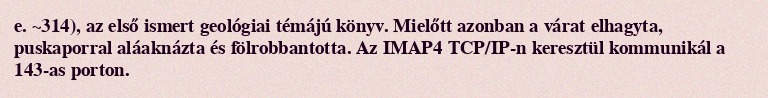
e. ~314), az első ismert geológiai témájú könyv. Mielőtt azonban a várat elhagyta, puskaporral aláaknázta és fölrobbantotta. Az IMAP4 TCP/IP-n keresztül kommunikál a 143-as porton.